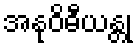
အနုဝိဓီယန္တု